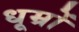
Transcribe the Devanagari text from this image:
धूम्रों